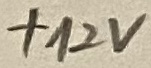
Text: +12V